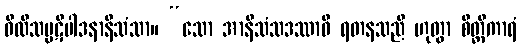
ဝီထိသမ္ပဋိပါဒနာနိသံသာ။ “သော အာနိသံသဒဿာဝီ ရတနသညီ ဟုတွာ စိတ္တီကာရံ